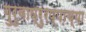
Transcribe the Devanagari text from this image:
गुरुवाय्रुरप्पाच्या